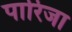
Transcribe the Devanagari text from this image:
पारिजा